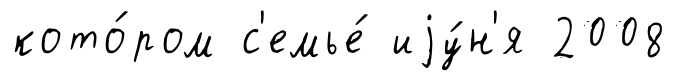
кото́ром с'емье́ иjу́н'я 2008